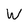
Character: W